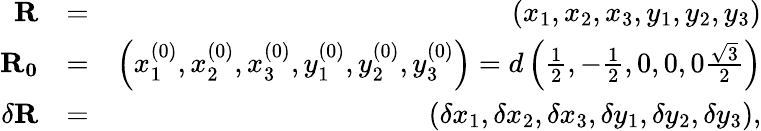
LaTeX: \begin{array}{rlr}{\mathbf{R}}&{=}&{\left(x_{1},x_{2},x_{3},y_{1},y_{2},y_{3}\right)}\\ {\mathbf{R_{0}}}&{=}&{\left(x_{1}^{(0)},x_{2}^{(0)},x_{3}^{(0)},y_{1}^{(0)},y_{2}^{(0)},y_{3}^{(0)}\right)=d\left(\frac{1}{2},-\frac{1}{2},0,0,0\frac{\sqrt{3}}{2}\right)}\\ {\delta\mathbf{R}}&{=}&{\left(\delta x_{1},\delta x_{2},\delta x_{3},\delta y_{1},\delta y_{2},\delta y_{3}\right),}\end{array}